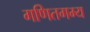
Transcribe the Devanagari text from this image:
गणितगम्य